Report of an investigation in regard to the prevalence of stegomyia and other mosquitoes in Karachi, and the measures necessary for their control
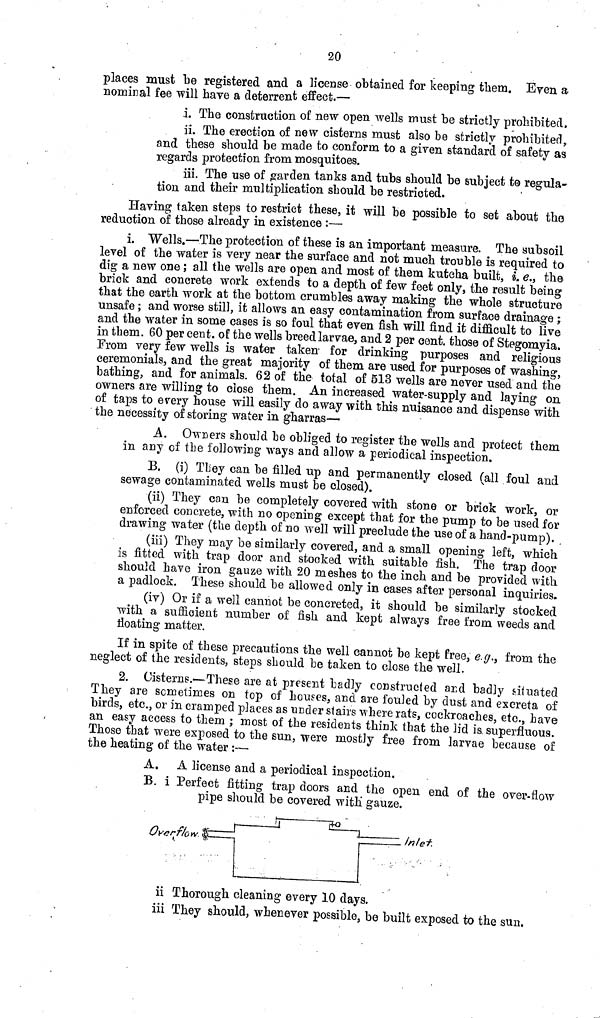
20
places must be registered and a license obtained for keeping them. Even a
nominal fee will have a deterrent effect.—
i. The construction of new open wells must be strictly prohibited.
ii. The erection of new cisterns must also be strictly prohibited,
and these should be made to conform to a given standard of safety as
regards protection from mosquitoes.
iii. The use of garden tanks and tubs should be subject to regula-
tion and their multiplication should be restricted.
Having taken steps to restrict these, it will be possible to set about the
reduction of those already in existence :—
i. Wells.—The protection of these is an important measure. The subsoil
level of the water is very near the surface and not much trouble is required to
dig a new one ; all the wells are open and most of them kutcha built, i. e., the
brick and concrete work extends to a depth of few feet only, the result being
that the earth work at the bottom crumbles away making the whole structure
unsafe; and worse still, it allows an easy contamination from surface drainage;
and the water in some cases is so foul that even fish will find it difficult to live
in them. 60 per cent. of the wells breed larvae, and 2 per cent. those of Stegomyia.
From very few wells is water taken for drinking purposes and religious
ceremonials, and the great majority of them are used for purposes of washing,
bathing, and for animals. 62 of the total of 513 wells are never used and the
owners are willing to close them. An increased water-supply and laying on
of taps to every house will easily do away with this nuisance and dispense with
the necessity of storing water in gharras—
A. Owners should be obliged to register the wells and protect them
in any of the following ways and allow a periodical inspection.
B. (i) They can be filled up and permanently closed (all foul and
sewage contaminated wells must be closed).
(ii) They can be completely covered with stone or brick work, or
enforced concrete, with no opening except that for the pump to be used for
drawing water (the depth of no well will preclude the use of a hand-pump).
(iii) They may be similarly covered, and a small opening left, which
is fitted with trap door and stocked with suitable fish. The trap door
should have iron gauze with 20 meshes to the inch and be provided with
a padlock. These should he allowed only in eases after personal inquiries.
(iv) Or if a well cannot be concreted, it should be similarly stocked
with a sufficient number of fish and kept always free from weeds and
floating matter.
If in spite of these precautions the well cannot be kept free, e.g., from the
neglect of the residents, steps should be taken to close the well.
2. Cisterns.—These are at present badly constructed and badly situated
They are sometimes on top of houses, and are fouled by dust and excreta of
birds, etc., or in cramped places as under stairs where rats, cockroaches, etc., have
an easy access to them ; most of the residents think that the lid is. superfluous.
Those that were exposed to the sun, were mostly free from larvae because of
the heating of the water :—
A. A license and a periodical inspection.
B. i Perfect fitting trap doors and the open end of the over-flow
pipe should be covered with gauze.
ii Thorough cleaning every 10 days.
iii They should, whenever possible, be built exposed to the sun.